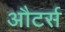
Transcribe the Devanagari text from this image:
औटर्स